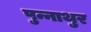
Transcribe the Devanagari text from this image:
पुन्नाथुर